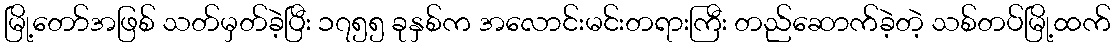
မြို့တော်အဖြစ် သတ်မှတ်ခဲ့ပြီး ၁၇၅၅ ခုနှစ်က အလောင်းမင်းတရားကြီး တည်ဆောက်ခဲ့တဲ့ သစ်တပ်မြို့ထက်